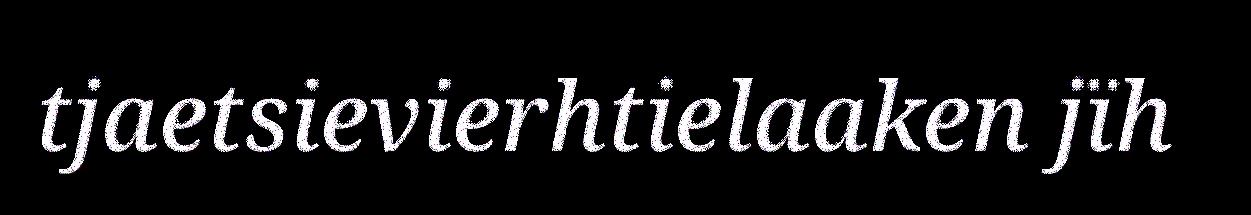
tjaetsievierhtielaaken jïh